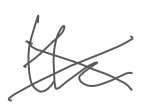
Text: the
Cross-out: cross
Writing tool: digital_gray